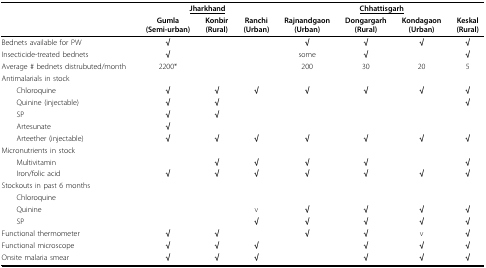
<table><thead><tr><td></td><td colspan="3"><b><underline>Jharkhand</underline></b></td><td colspan="4"><b><underline>Chhattisgarh</underline></b></td></tr><tr><td></td><td><b>Gumla(Semi-urban)</b></td><td><b>Konbir(Rural)</b></td><td><b>Ranchi(Urban)</b></td><td><b>Rajnandgaon(Urban)</b></td><td><b>Dongargarh(Rural)</b></td><td><b>Kondagaon(Urban)</b></td><td><b>Keskal(Rural)</b></td></tr></thead><tbody><tr><td>Bednets available for PW</td><td><b>√</b></td><td></td><td></td><td><b>√</b></td><td><b>√</b></td><td><b>√</b></td><td><b>√</b></td></tr><tr><td>Insecticide-treated bednets</td><td><b>√</b></td><td></td><td></td><td>some</td><td><b>√</b></td><td></td><td><b>√</b></td></tr><tr><td>Average # bednets distrubuted/month</td><td>2200*</td><td></td><td></td><td>200</td><td>30</td><td>20</td><td>5</td></tr><tr><td colspan="8">Antimalarials in stock</td></tr><tr><td> Chloroquine</td><td><b>√</b></td><td><b>√</b></td><td><b>√</b></td><td><b>√</b></td><td><b>√</b></td><td><b>√</b></td><td><b>√</b></td></tr><tr><td> Quinine (injectable)</td><td><b>√</b></td><td><b>√</b></td><td></td><td></td><td></td><td></td><td><b>√</b></td></tr><tr><td> SP</td><td><b>√</b></td><td><b>√</b></td><td></td><td></td><td></td><td></td><td></td></tr><tr><td> Artesunate</td><td><b>√</b></td><td></td><td></td><td></td><td></td><td></td><td></td></tr><tr><td> Arteether (injectable)</td><td><b>√</b></td><td><b>√</b></td><td><b>√</b></td><td><b>√</b></td><td><b>√</b></td><td><b>√</b></td><td><b>√</b></td></tr><tr><td colspan="8">Micronutrients in stock</td></tr><tr><td> Multivitamin</td><td></td><td><b>√</b></td><td><b>√</b></td><td><b>√</b></td><td><b>√</b></td><td></td><td><b>√</b></td></tr><tr><td> Iron/folic acid</td><td><b>√</b></td><td><b>√</b></td><td><b>√</b></td><td><b>√</b></td><td><b>√</b></td><td><b>√</b></td><td><b>√</b></td></tr><tr><td colspan="8">Stockouts in past 6 months</td></tr><tr><td> Chloroquine</td><td></td><td></td><td></td><td></td><td></td><td></td><td></td></tr><tr><td> Quinine</td><td></td><td></td><td>v</td><td><b>√</b></td><td><b>√</b></td><td><b>√</b></td><td><b>√</b></td></tr><tr><td> SP</td><td></td><td></td><td><b>√</b></td><td><b>√</b></td><td><b>√</b></td><td><b>√</b></td><td><b>√</b></td></tr><tr><td>Functional thermometer</td><td><b>√</b></td><td><b>√</b></td><td></td><td><b>√</b></td><td><b>√</b></td><td>v</td><td><b>√</b></td></tr><tr><td>Functional microscope</td><td><b>√</b></td><td><b>√</b></td><td><b>√</b></td><td></td><td><b>√</b></td><td><b>√</b></td><td><b>√</b></td></tr><tr><td>Onsite malaria smear</td><td><b>√</b></td><td><b>√</b></td><td><b>√</b></td><td></td><td><b>√</b></td><td><b>√</b></td><td><b>√</b></td></tr></tbody></table>